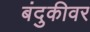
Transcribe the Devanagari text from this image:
बंदुकीवर